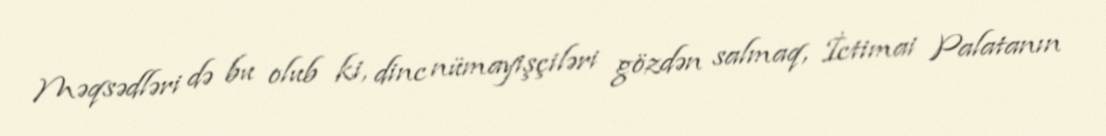
Məqsədləri də bu olub ki, dinc nümayişçiləri gözdən salmaq, İctimai Palatanın